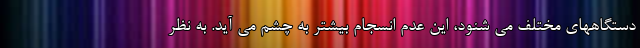
دستگاههای مختلف می شنود، این عدم انسجام بیشتر به چشم می آید. به نظر